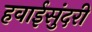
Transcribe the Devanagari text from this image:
हवाईसुंदरी